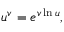
u ^ { v } = e ^ { v \ln u } ,